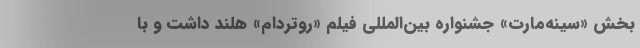
بخش «سینه‌مارت» جشنواره بين‌‌المللي فیلم «روتردام» هلند داشت و با